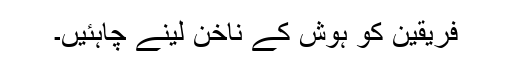
فریقین کو ہوش کے ناخن لینے چاہئیں۔